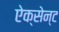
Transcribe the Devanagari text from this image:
ऐक्सेन्ट